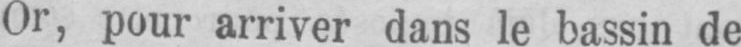
Or, pour arriver dans le bassin de